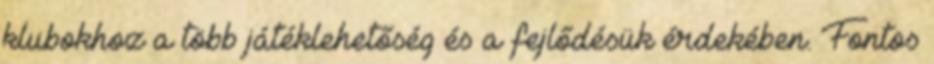
klubokhoz a több játéklehetőség és a fejlődésük érdekében. Fontos